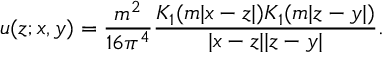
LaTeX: u ( z ; x , y ) = \frac { m ^ { 2 } } { 1 6 \pi ^ { 4 } } \frac { K _ { 1 } ( m | x - z | ) K _ { 1 } ( m | z - y | ) } { | x - z | | z - y | } .